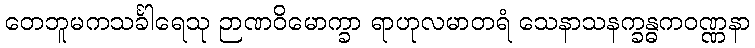
တေဘူမကသင်္ခါရေသု ဉာဏဝိမောက္ခာ ရာဟုလမာတရံ သေနာသနက္ခန္ဓကဝဏ္ဏနာ